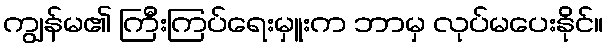
ကျွန်မ၏ ကြီးကြပ်ရေးမှူးက ဘာမှ လုပ်မပေးနိုင်။